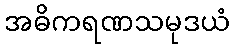
အဓိကရဏသမုဒယံ